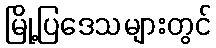
မြို့ပြဒေသများတွင်